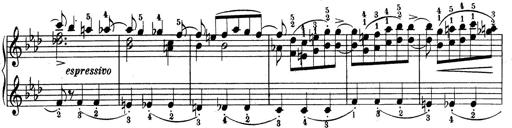
Title: Variationen Ã¼ber das Motiv von Bach
Composer: Franz Liszt